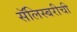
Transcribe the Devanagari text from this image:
सॅलिस्बरीची